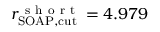
r _ { \mathrm { S O A P , c u t } } ^ { \mathrm { ~ s ~ h ~ o ~ r ~ t ~ } } = 4 . 9 7 9